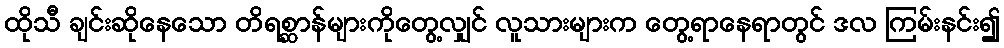
ထိုသီ ချင်းဆိုနေသော တိရစ္ဆာန်များကိုတွေ့လျှင် လူသားများက တွေ့ရာနေရာတွင် ဒလ ကြမ်းနင်း၍